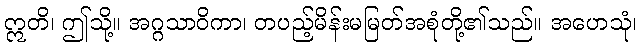
ဣတိ၊ ဤသို့။ အဂ္ဂသာဝိကာ၊ တပည့်မိန်းမမြတ်အစုံတို့၏သည်။ အဟေသုံ၊